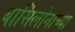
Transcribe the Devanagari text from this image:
बार्सिलोनाच्या